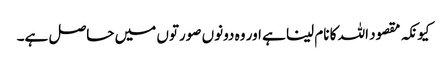
کیونکہ مقصود اللہ کا نام لینا ہے اور وہ دونوں صورتوں میں حاصل ہے۔